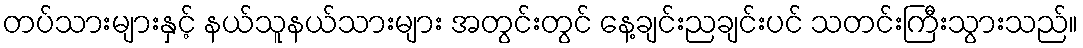
တပ်သားများနှင့် နယ်သူနယ်သားများ အတွင်းတွင် နေ့ချင်းညချင်းပင် သတင်းကြီးသွားသည်။